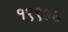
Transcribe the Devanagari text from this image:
१९९७७